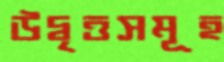
উদ্বৃত্তসমূহ